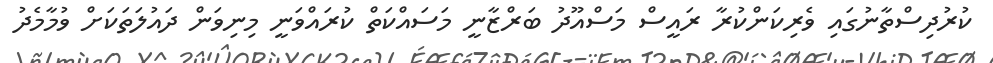
ކުރުދިސްތާނުގައި ވެރިކަންކުރާ ރައީސް މަސްއޫދު ބަރްޒާނީ މަސައްކަތް ކުރައްވަނީ މިނިވަން ދައުލަތަކަށް ވުމާމެދު